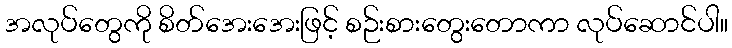
အလုပ်တွေကို စိတ်အေးအေးဖြင့် စဉ်းစားတွေးတောကာ လုပ်ဆောင်ပါ။